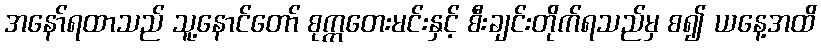
အနော်ရထာသည် သူ့နောင်တော် စုက္ကတေးမင်းနှင့် စီးချင်းတိုက်ရသည်မှ စ၍ ယနေ့အထိ